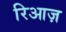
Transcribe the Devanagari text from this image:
रिआज़